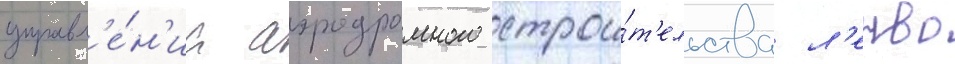
управл'е́н'иа аэродромного строи́т'ельства л'енво